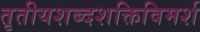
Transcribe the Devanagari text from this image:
तृतीयशब्दशक्तिविमर्श